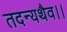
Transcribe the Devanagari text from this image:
तदन्यथैव।।